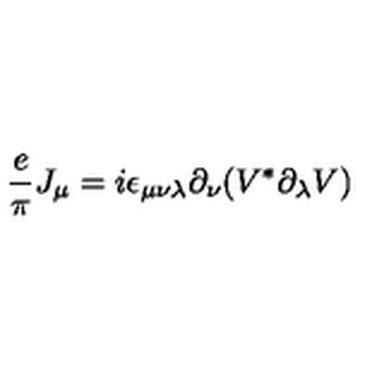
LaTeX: { \frac { e } { \pi } } J _ { \mu } = i \epsilon _ { \mu \nu \lambda } \partial _ { \nu } ( V ^ { \ast } \partial _ { \lambda } V )